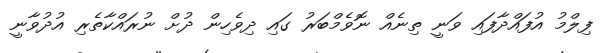
ފިލްމު އުފައްދާފައި ވަނީ ތިނެއް ނޮވެމްބަރު ގައި ދިވެހިން ދުށް ނުރައްކާތެރި އުދުވާނީ